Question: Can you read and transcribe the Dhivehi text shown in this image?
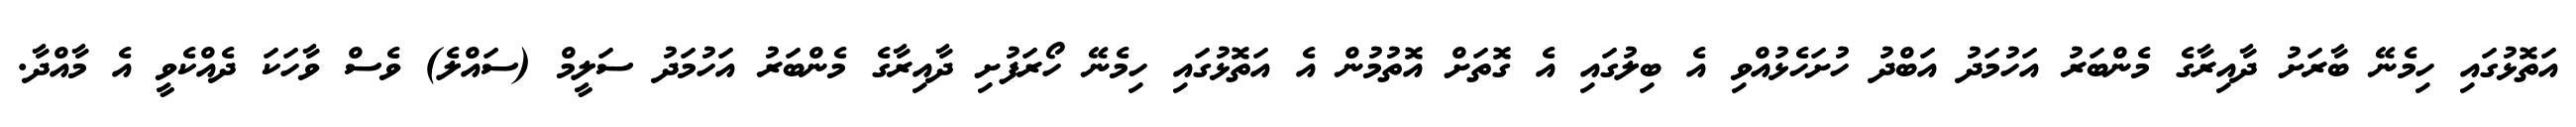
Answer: އަތޮޅުގައި ހިމެނޭ ބާރަށު ދާއިރާގެ މެންބަރު އަހުމަދު އަބްދު ހުށަހެޅުއްވި އެ ބިލުގައި އެ ގޮތަށް އޮތުމުން އެ އަތޮޅުގައި ހިމެނޭ ހޯރަފުށި ދާއިރާގެ މެންބަރު އަހުމަދު ސަލީމް (ސައްލެ) ވެސް ވާހަކަ ދެއްކެވީ އެ މާއްދާ.